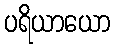
ပရိယာယော